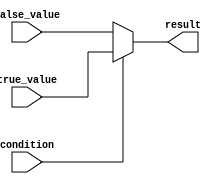
module conditional_operator (
    input condition,
    input true_value,
    input false_value,
    output reg result
);

always @*
begin
    if (condition)
        result = true_value;
    else
        result = false_value;
end

endmodule